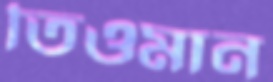
তিওমান